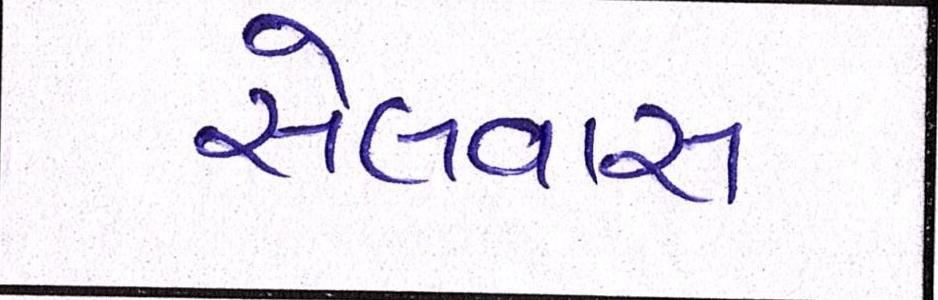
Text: સેલવાસ